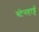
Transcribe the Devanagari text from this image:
स्टेनहार्ड्ट